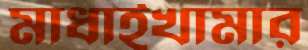
মাধাইখামার